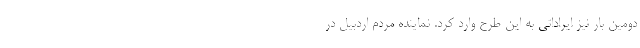
دومین بار نیز ایراداتی به این طرح وارد کرد. نماینده مردم اردبیل در